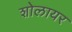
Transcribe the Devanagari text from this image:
शोलायर